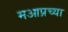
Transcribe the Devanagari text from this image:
मआप्रच्या